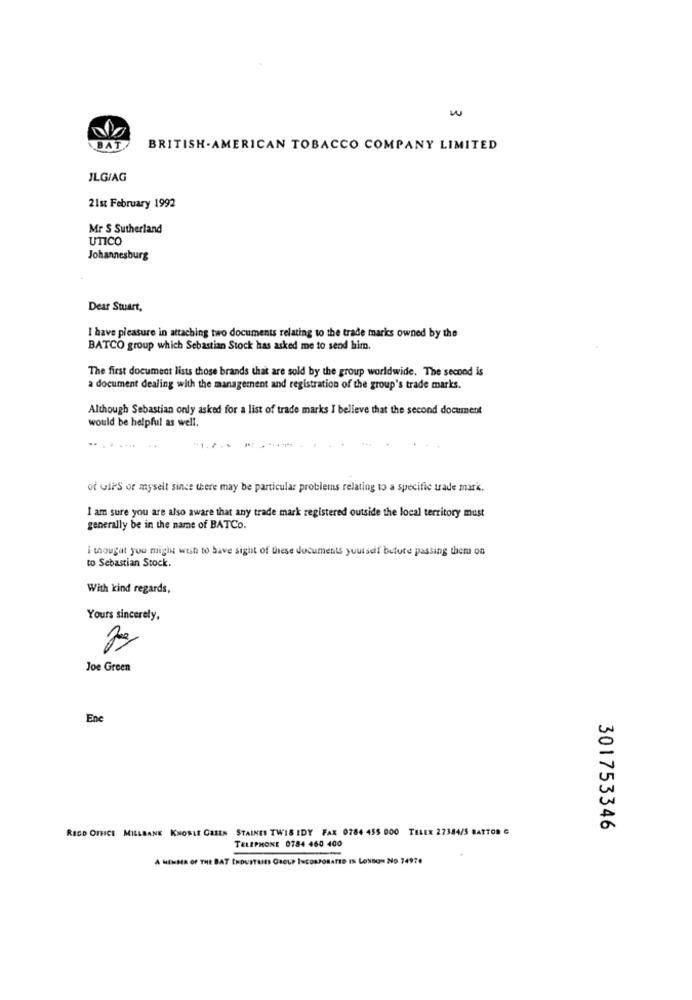
w
BAT
BRITISH-AMERICAN TOBACCO COMPANY LIMITED
JLG/AG
21st February 1992
Mr S Sutherland
UTICO
Johannesburg
Dear Stuart,
I have pleasure in attaching two documents relating to the trade marks owned by the
BATCO group which Sebastian Stock has asked me to send him.
The first document lists those brands that are sold by the group worldwide. The second is
a document dealing with the management and registration of the group's trade marks.
Although Sebastian only asked for a list of trade marks I believe that the second document
would be helpful as well.
of Gil'S of myselt since there may be particular problems relating to a specific trade mark.
I am sure you are also aware that any trade mark registered outside the local territory must
generally be in the name of BATCo.
i thought you might wish to have sight of these documents yourself before passing them on
to Sebastian Stock.
With kind regards,
Yours sincerely,
Joe Green
En
RECD OFHCI MILLBANE KNOWLE GREEN STAINES TWIS IDY FAX 0784 455 000 TELEX 27384/5 BATTOR G
301753346
TELEPHONE 0784 460 400
A MEMBER OF THE BAT INDUSTRIES GROUP INCORPORATED IN LONDON NO 74970